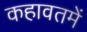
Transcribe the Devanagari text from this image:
कहावतमें